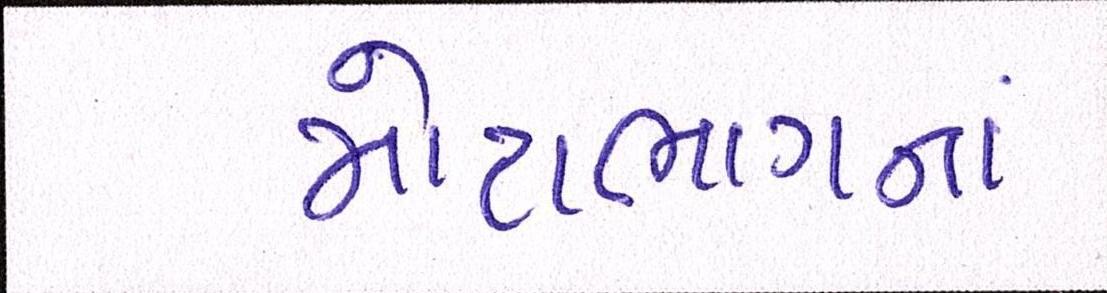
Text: મોટાભાગનાં